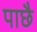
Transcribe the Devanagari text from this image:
पाछै